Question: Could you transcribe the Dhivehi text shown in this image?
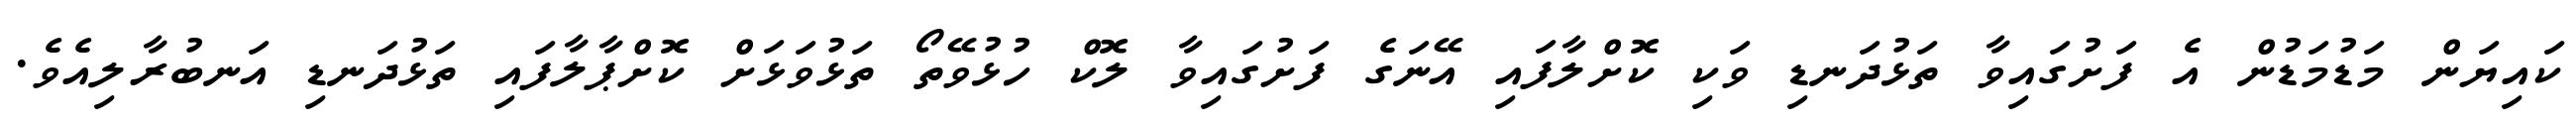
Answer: ކައިޔަން މަޑުމަޑުން އެ ފަށުގައިވާ ތަޅުދަނޑި ވަކި ކޮށްލާފައި އޭނަގެ ފަށުގައިވާ ލޮކް ހުޅުވޭތޯ ތަޅުވަޅަށް ކޮށްޕާލާފައި ތަޅުދަނޑި އަނބުރާލިއެވެ.